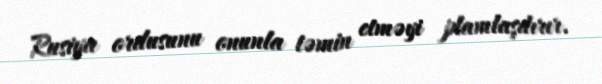
Rusiya ordusunu onunla təmin etməyi plamlaşdırır.